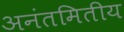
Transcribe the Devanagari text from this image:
अनंतमितीय